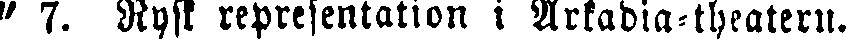
" 7. Rysk representation i Arkadia-theatern.